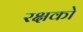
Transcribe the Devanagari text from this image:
रक्षको